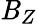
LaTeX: \mathit{B}_{Z}